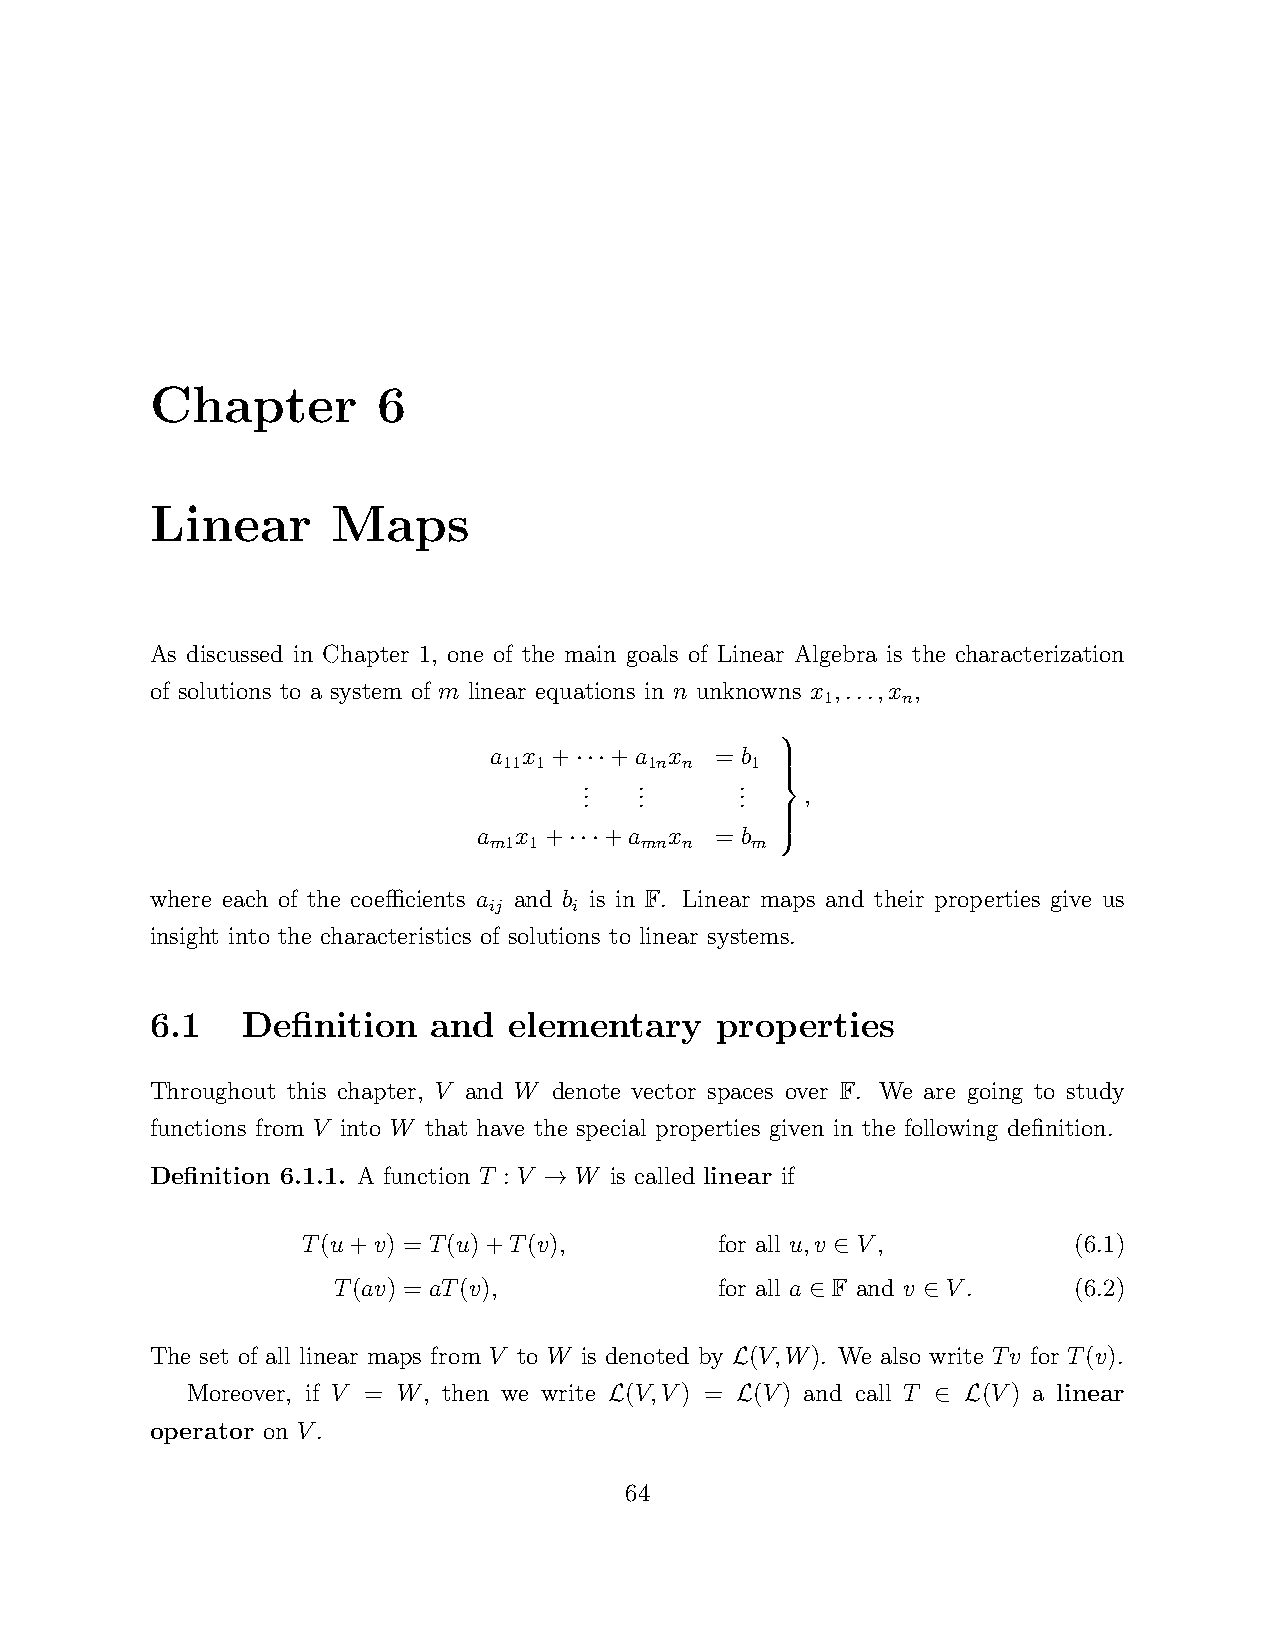
Chapter        6
 Linear      Maps
 As discussed in Chapter 1, one of the main goals of Linear Algebra is the characterization
 of solutions to a system of m linear equations in n unknowns x ,...,x ,
 1    n
 a  x +  +a  x  = b
 11 1      1n n   1
 ···
 .  .      .
 . . . .   . . ,
 
 
 a x +   +a  x  = b 
 m1 1      mn n    m
 ···
 
 
 where each of the coefficients a and b is in F. Linear maps and their properties give us
 ij    i
 insight into the characteristics of solutions to linear systems.
 6.1   Definition  and   elementary   properties
 Throughout this chapter, V and W denote vector spaces over F. We are going to study
 functions from V into W that have the special properties given in the following definition.
 Definition 6.1.1. A function T : V W is called linear if
 →
 T(u+v) = T(u)+T(v),         for all u,v V,         (6.1)
 ∈
 T(av) = aT(v),            for all a F and v V.   (6.2)
 ∈      ∈
 The set of all linear maps from V to W is denoted by (V,W). We also write Tv for T(v).
 L
 Moreover, if V = W, then we write (V,V) = (V) and call T (V) a linear
 L        L            ∈ L
 operator on V.
 64